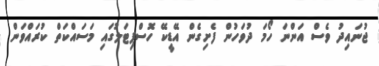
ޖުނައިދު ވެސް އަންނަ ހޯމަ ދުވަހުން ފެށިގެން އޭޑީކޭ ހޮސްޕިޓަލުގައި މަސައްކަތް ކުރައްވަަން